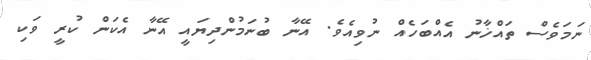
ނަމަވެސް ތައްޚާނު އެއްބަހެއް ނުވިއެވެ. އޭނާ ބުނަމުންދިޔައީ އޭނާ އެކަން ކުރީ ވަކި